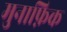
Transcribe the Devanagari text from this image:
मुनाफ़िक